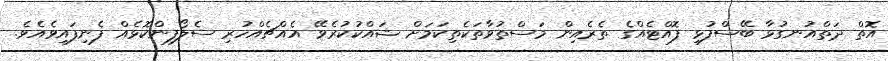
އޮތް ދަތްއުނގުޅާ ބޭސްފުޅި ފޮއްޓެއްގެ ތެރެއިން މަސްތުވާތަކެތިކަމަށް ޝައްކުކުރެވޭ އެއްޗެއްހުރި ސެލޯފިންކޮޅެއް ފެނިފައިވެއެވެ.